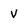
Character: v